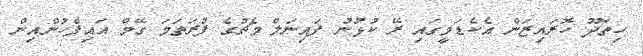
ހިތަދޫ ހޮަރައިޒަން އެކެޑަމީގައި ރޭ ކުޅުނު ފައިނަލް މެޗުގެ ފުރަތަމަ ގޭމް އައިފެހުންއިން